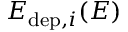
E _ { \mathrm { d e p } , i } ( E )